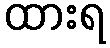
ထားရ